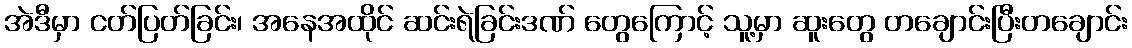
အဲဒီမှာ ငတ်ပြတ်ခြင်း၊ အနေအထိုင် ဆင်းရဲခြင်းဒဏ် တွေကြောင့် သူ့မှာ ဆူးတွေ တချောင်းပြီးတချောင်း